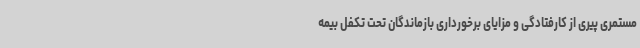
مستمری پیری از کارفتادگی و مزایای برخورداری بازماندگان تحت تکفل بیمه